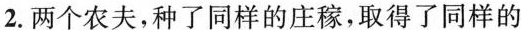
2.两个农夫，种了同样的庄稼，取得了同样的